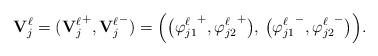
LaTeX: \begin{align*}{\mathbf V}_{j}^\ell=({{\mathbf V}_j^\ell}^+,{{\mathbf V}_j^\ell}^-)=\Big(\big({\varphi_{j1}^{\ell}}^{+}, {\varphi_{j2}^{\ell}}^{+}\big),\, \big({\varphi_{j1}^{\ell}}^{-}, {\varphi_{j2}^{\ell}}^{-}\big)\Big).\end{align*}